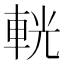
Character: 輄